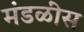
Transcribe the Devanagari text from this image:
मंडळींस